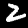
Digit: 2